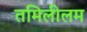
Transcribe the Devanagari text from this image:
तमिलीलम